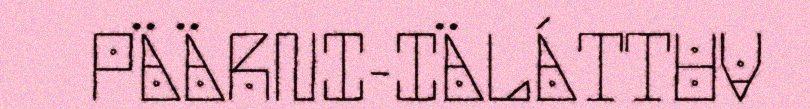
PÄÄRNI-IÄLÁTTUV